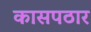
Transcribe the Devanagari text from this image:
कासपठार